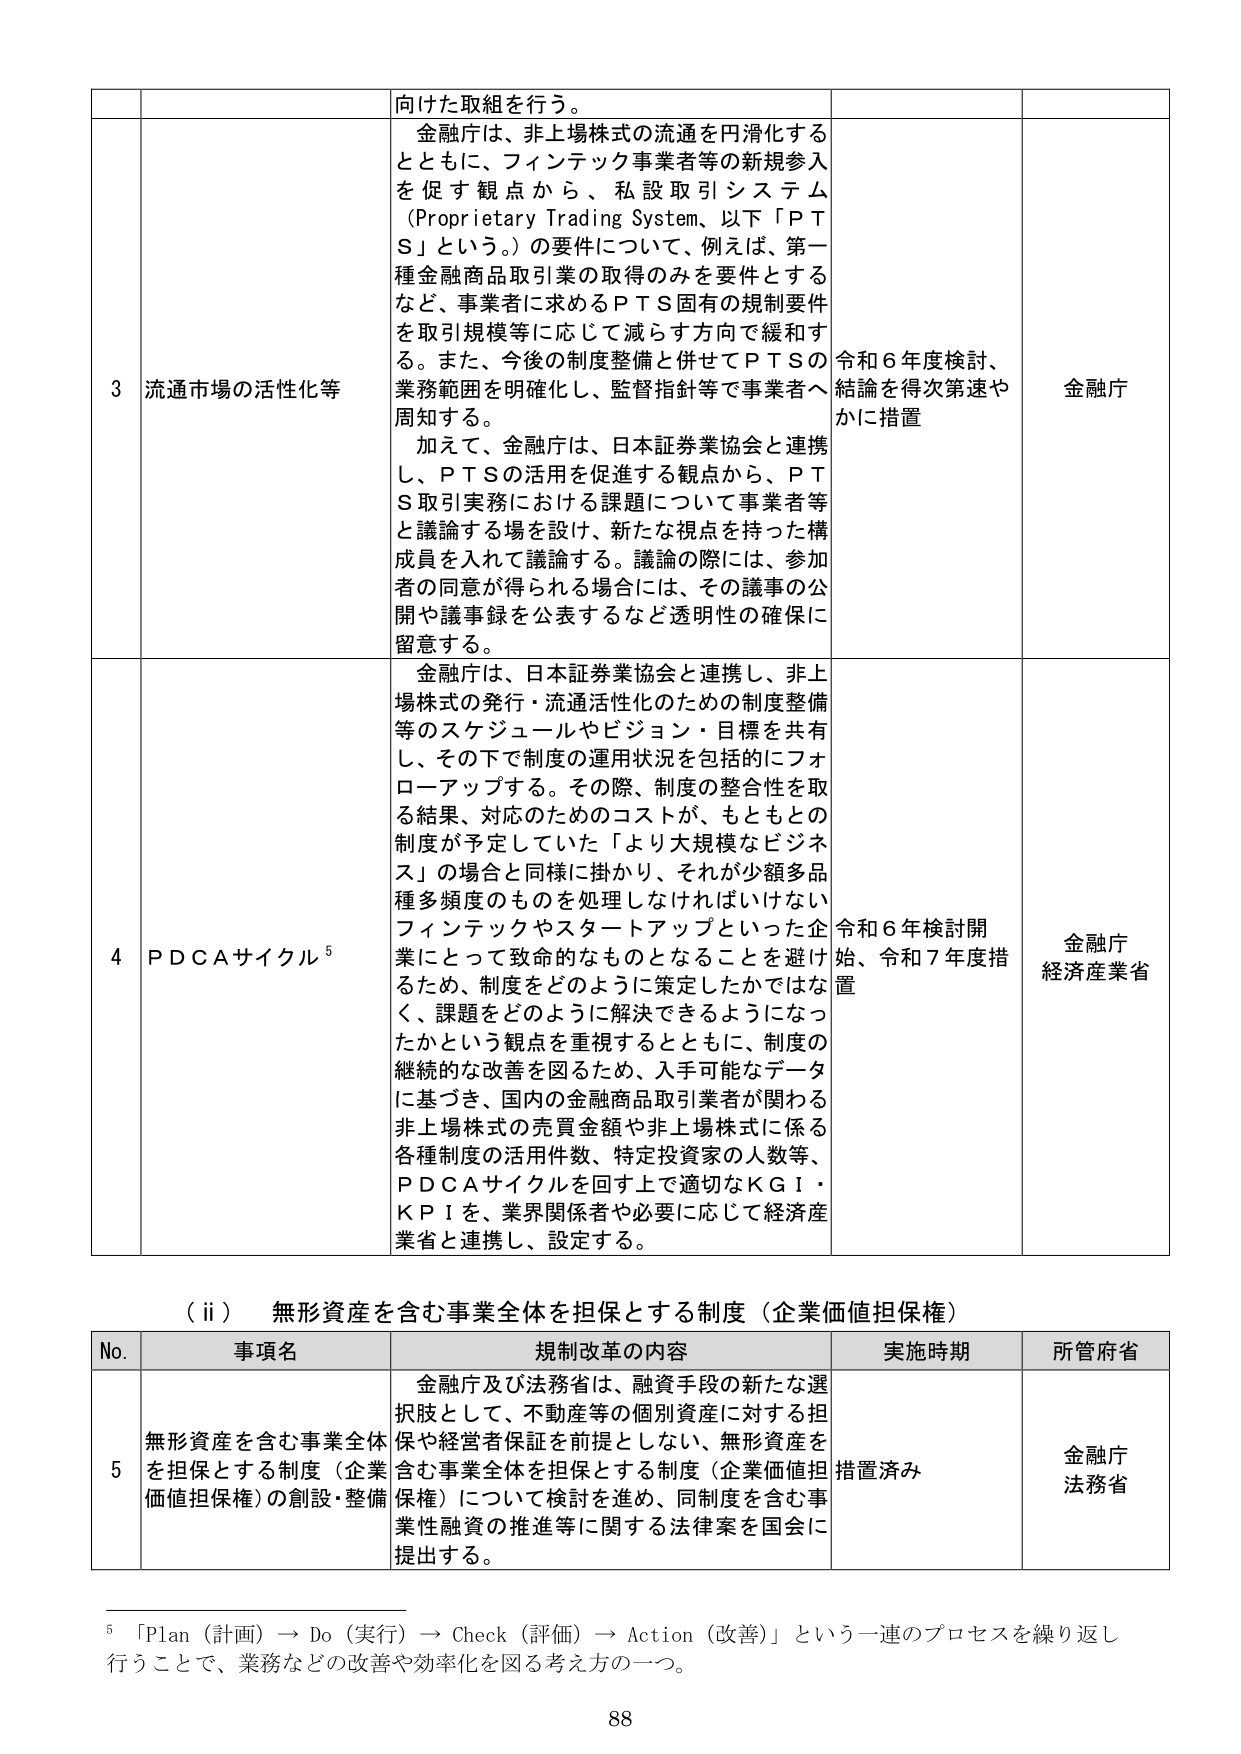
向けた取組を行う。

3 流通市場の活性化等
金融庁は、非上場株式の流通を円滑化するとともに、フィンテック事業者等の新規参入を促す観点から、私設取引システム（Proprietary Trading System、以下「ＰＴＳ」という。）の要件について、例えば、第一種金融商品取引業の取得のみを要件とするなど、事業者に求めるＰＴＳ固有の規制要件を取引規模等に応じて減らす方向で緩和する。また、今後の制度整備と併せてＰＴＳの業務範囲を明確化し、監督指針等で事業者へ周知する。
加えて、金融庁は、日本証券業協会と連携し、ＰＴＳの活用を促進する観点から、ＰＴＳ取引実務における課題について事業者等と議論する場を設け、新たな視点を持った構成員を入れて議論する。議論の際には、参加者の同意が得られる場合には、その議事の公開や議事録を公表するなど透明性の確保に留意する。
令和６年度検討、結論を得次第速やかに措置
金融庁

4 ＰＤＣＡサイクル⁵
金融庁は、日本証券業協会と連携し、非上場株式の発行・流通活性化のための制度整備等のスケジュールやジョン・目標を共有し、その下で制度の運用状況を包括的にフォローアップする。その際、制度の整合性を取る結果、対応のためのコストが、もともとの制度が予定していた「より大規模なビジネス」の場合と同様に掛かり、それが少額多品種多頻度のものを処理しなければいけないフィンテックやスタートアップといった企業にとって致命的なものとなることを避け るため、制度をどのように策定したかではなく、課題をどのように解決できるようになっ たかという観点を重視するとともに、制度の継続的な改善を図るため、入手可能なデータに基づき、国内の金融商品取引業者が関わる非上場株式の売買金額や非上場株式に係る各種制度の活用件数、特定投資家の人数等、ＰＤＣＡサイクルを回す上で適切なＫＧＩ・ＫＰＩを、業界関係者や必要に応じて経済産業省と連携し、設定する。
令和６年検討開始、令和７年度措置
金融庁 経済産業省

（ⅱ） 無形資産を含む事業全体を担保とする制度（企業価値担保権）

No. 事項名 規制改革の内容 実施時期 所管府省
5 無形資産を含む事業全体を担保とする制度（企業価値担保権）の創設・整備 金融庁及び法務省は、融資手段の新たな選択肢として、不動産等の個別資産に対する担保や経営者保証を前提としない、無形資産を含む事業全体を担保とする制度（企業価値担保権）について検討を進め、同制度を含む事業性融資の推進等に関する法律案を国会に提出する。 措置済み 金融庁 法務省

⁵ 「Plan（計画）→ Do（実行）→ Check（評価）→ Action（改善）」という一連のプロセスを繰り返し 行うことで、業務などの改善や効率化を図る考え方の一つ。

88